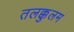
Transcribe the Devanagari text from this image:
तलक्कुलम